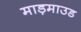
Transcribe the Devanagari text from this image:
माड़माउड